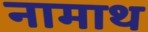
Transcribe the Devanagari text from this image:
नामाथ